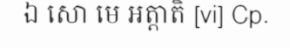
ឯ សោ មេ អត្តាតិ [vi] Cp.